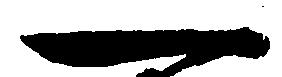
一